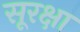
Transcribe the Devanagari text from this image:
सूरक्षा